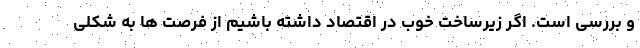
و بررسی است. اگر زیرساخت خوب در اقتصاد داشته باشیم از فرصت ها به شکلی